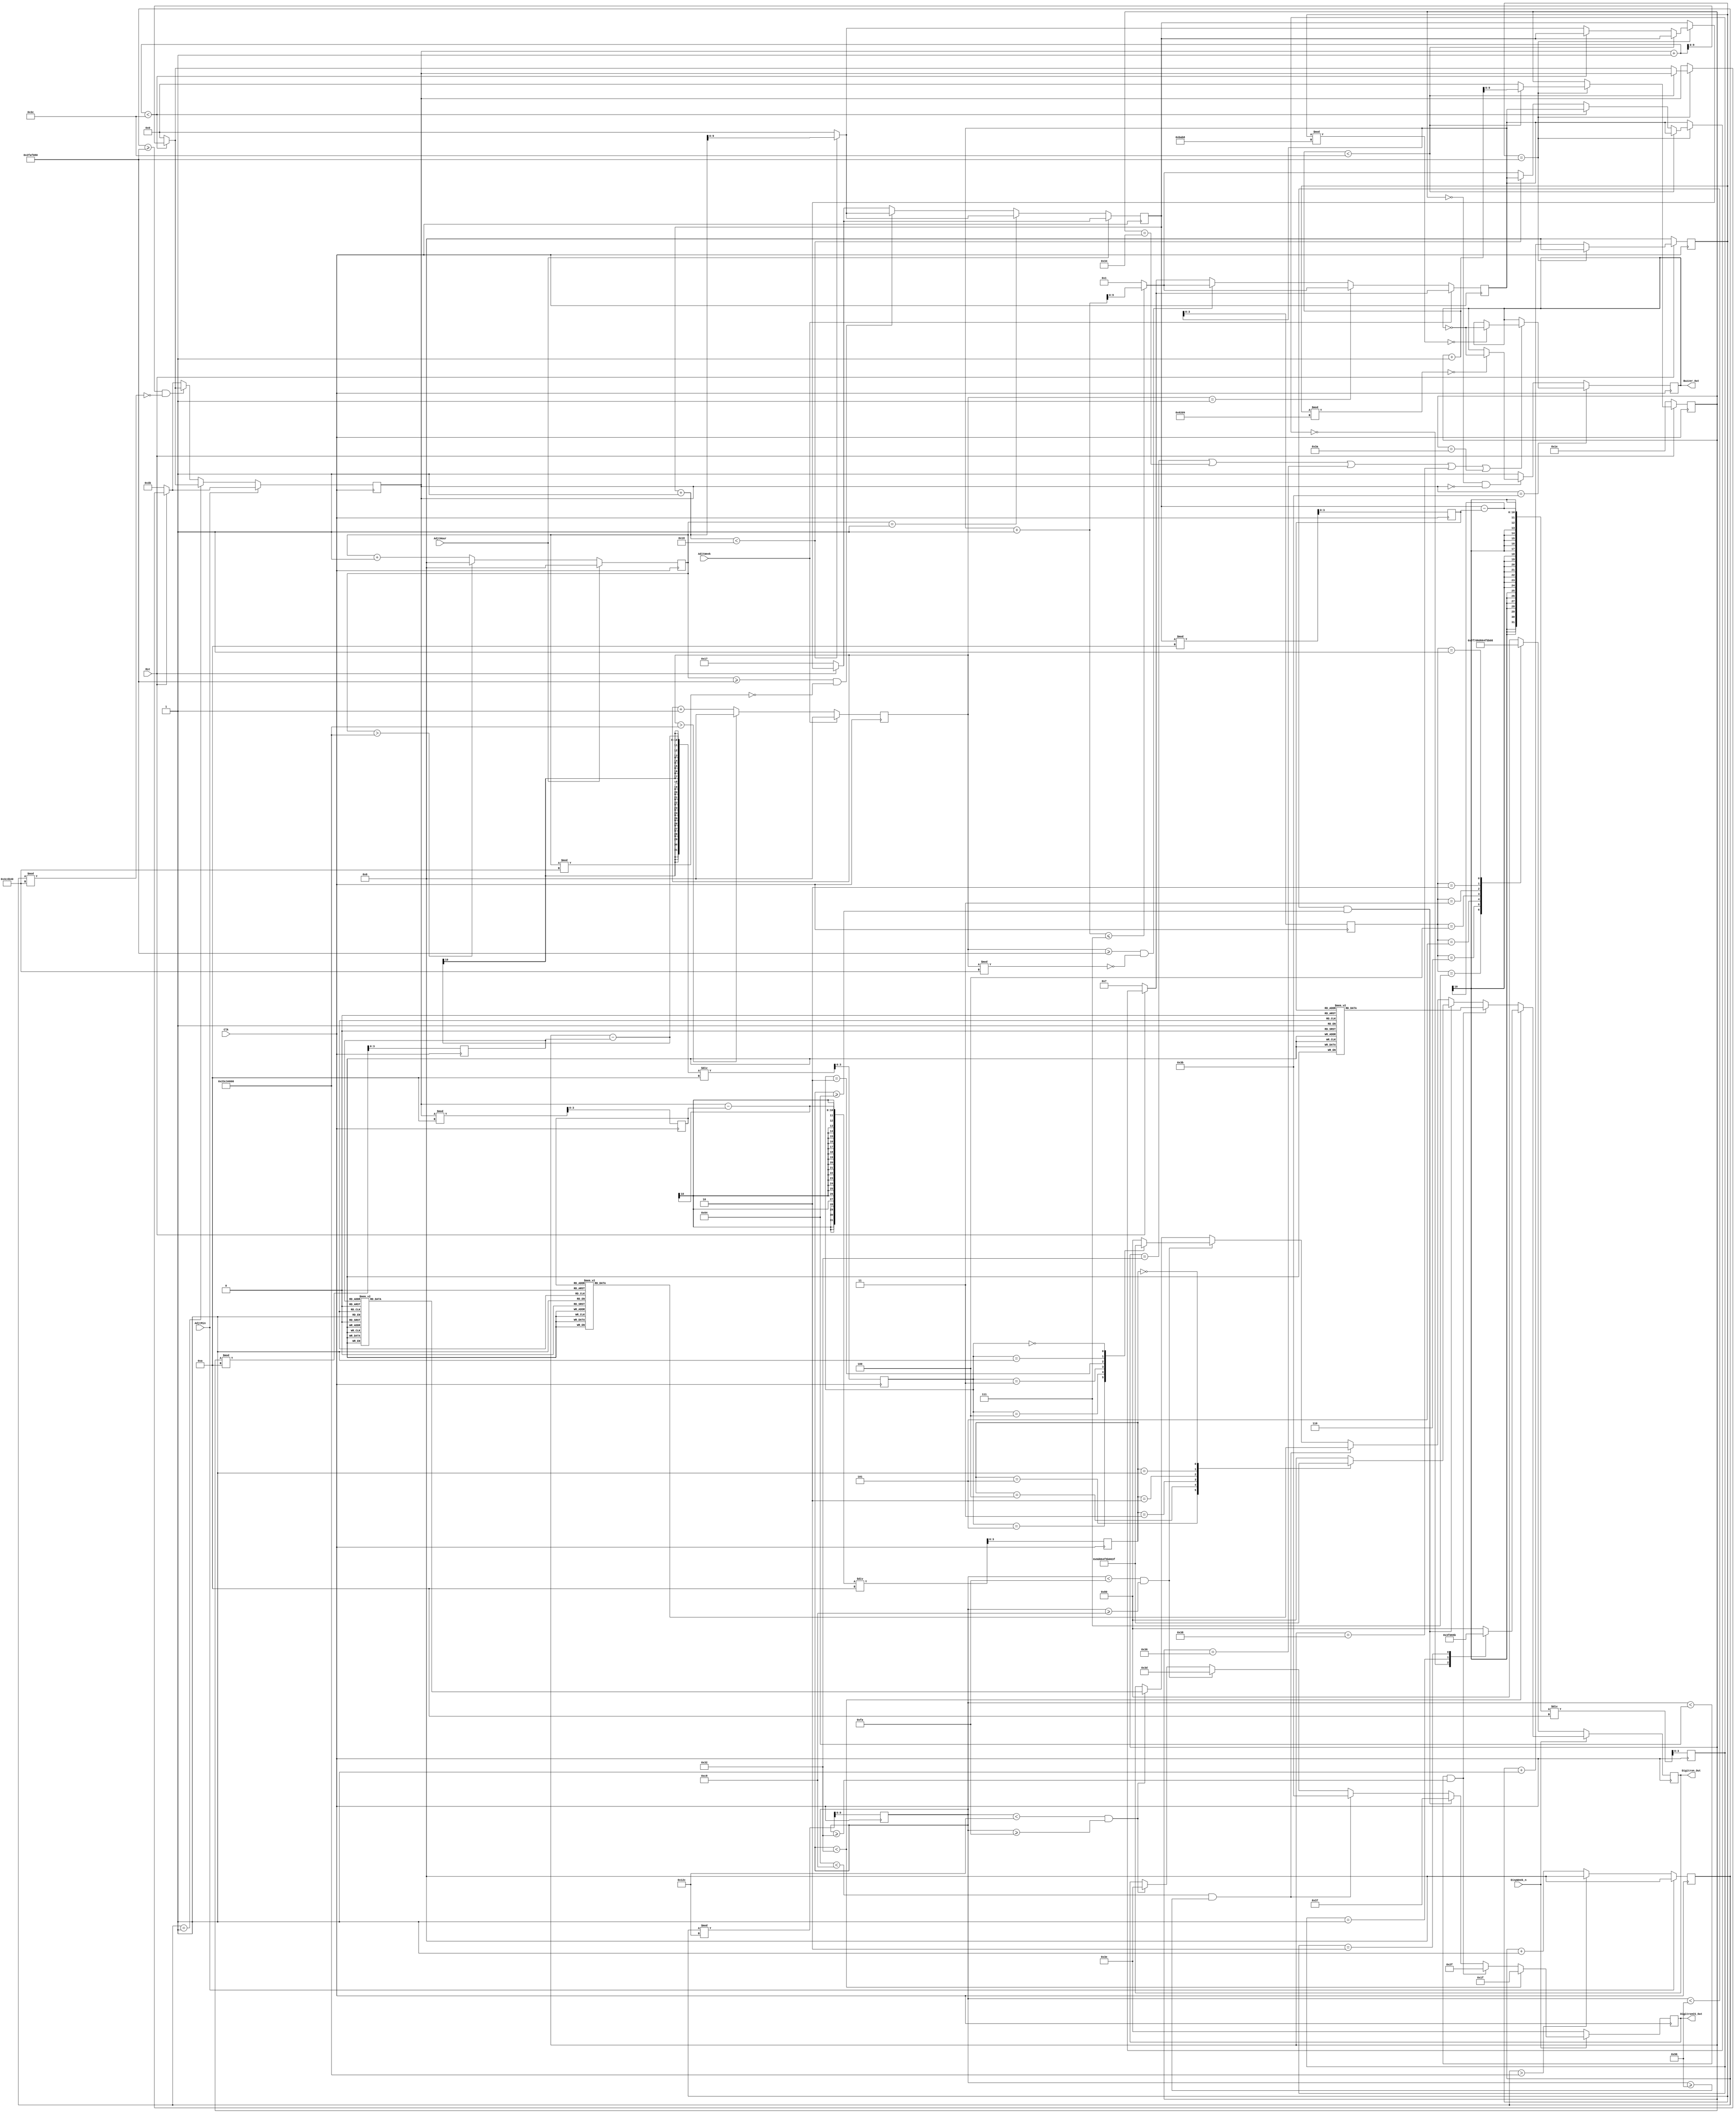
module Timekeeper_module(
	Clk,
	Rst,
	DispWeek_n,
	AdjtWeek,
	AdjtHour,
	AdjtMin,
	Buzzer_Out,
	Digitron_Out,
	DigitronCS_Out
	);

input Clk,Rst,DispWeek_n,AdjtWeek,AdjtHour,AdjtMin;
output Buzzer_Out;
output [7:0] Digitron_Out;
output [5:0] DigitronCS_Out;
//*********************************************************
//Display
parameter Num0=8'b0011_1111;//Display number with 7 led
parameter Num1=8'b0000_0110;
parameter Num2=8'b0101_1011;
parameter Num3=8'b0100_1111;
parameter Num4=8'b0110_0110;
parameter Num5=8'b0110_1101;
parameter Num6=8'b0111_1101;
parameter Num7=8'b0000_0111;
parameter Num8=8'b0111_1111;
parameter Num9=8'b0110_1111;
parameter Null=8'b0;
parameter Num0p=8'b1011_1111;//Display number with point by 7 led
parameter Num1p=8'b1000_0110;
parameter Num2p=8'b1101_1011;
parameter Num3p=8'b1100_1111;
parameter Num4p=8'b1110_0110;
parameter Num5p=8'b1110_1101;
parameter Num6p=8'b1111_1101;
parameter Num7p=8'b1000_0111;
parameter Num8p=8'b1111_1111;
parameter Num9p=8'b1110_1111;
parameter Nullp=8'b1000_0000;
//********************************************************
//Status
parameter Led1=6'b01_1111;
parameter Led2=6'b10_1111;
parameter Led3=6'b11_0111;
parameter Led4=6'b11_1011;
parameter Led5=6'b11_1101;
parameter Led6=6'b11_1110;
//********************************************************
//User
reg [31:0] Counter=32'b0,TCW=32'b0,TCH=32'b0,TCM=32'b0;
reg Buzzer_tmp;
reg [7:0] Digitron_tmp;
reg [5:0] DigitronCS_tmp;
reg [9:0] Hour=10'b0,Min=10'b0,Sec=10'b0,Week=10'b1;
reg [9:0] Rest;
reg [3:0] HNumH,HNumL,MNumH,MNumL,SNumH,SNumL,WeekL;
parameter T1s=50000000;
parameter T0_5s=25000000;
parameter T0_1s=5000000;
//********************************************************
//********************************************************
//Main Code
always @(posedge Clk) begin
	Counter <= Counter+1'b1;
	if (!Rst) begin
		// reset
		Hour <= 23;
		Min <= 59;
		Sec <= 30;
		Week <= 7;
		Counter <= 32'b0;
	end
	else if (Counter==T1s) begin
		if (Sec+1<60) begin
			Sec <= Sec+1;
		end
		else begin
			if (Min+1<60) begin
				Min <= Min+1;
			end
			else begin
				if (Hour+1<24) begin
					Hour <= Hour+1;
				end
				else begin
					if (Week+1<=7) begin
						Week <= Week+1;
					end
					else begin
						Week <= 1;
						
					end
					Hour <= 0;
				end
				Min <= 0;
			end	
			Sec <= 0;
		end
		Counter <= 32'b0;
	end
//*********************************
//Add Week
	if (!AdjtWeek) begin
		TCW <= TCW+1'b1;
		if (TCW==1) begin
			if (Week+1<=7) begin
				Week <= Week+1;
			end
			else begin
				Week <= 1;
			end
		end
		else begin
			if (TCW>=T1s && TCW%T0_1s==0) begin
				if (Week+1<=7) begin
					Week <= Week+1;
				end
				else begin
					Week <= 1;
				end
			end
		end
		if (TCW>12*T1s) begin
				TCW <= 32'b0;
		end
	end
	else begin
		TCW <= 32'b0;
	end
//**********************************
//Add hour
	if (!AdjtHour) begin
		TCH <= TCH+1'b1;
		if (TCH==1) begin
			if (Hour+1<24) begin
				Hour <= Hour+1;
			end
			else begin
				Hour <= 0;
			end
		end
		else begin
			if (TCH>=T1s && TCH%T0_1s==0) begin
				if (Hour+1<24) begin
					Hour <= Hour+1;
				end
				else begin
					Hour <= 0;
				end
			end
		end
		if (TCH>12*T1s) begin
			TCH <= 32'b0;
		end
	end
	else begin
		TCH <= 32'b0;
	end
//**********************************
//Add minute
	if (!AdjtMin) begin
		TCM <= TCM+1'b1;
		if (TCM==1) begin
			if (Min+1<60) begin
				Min <= Min+1;
			end
			else begin
				Min <= 0;
			end
		end
		else begin
			if (TCM>=T1s && TCM%T0_1s==0) begin
				if (Min+1<60) begin
					Min <= Min+1;
				end
				else begin
					Min <= 0;
				end
			end
		end
		if (TCM>12*T1s) begin
			TCM <= 32'b0;
		end
	end
	else begin
		TCM <= 32'b0;
	end
end
//********************************************************
//********************************************************
always @(posedge Clk) begin
	HNumL <= Hour%10;
	HNumH <= (Hour-HNumL)/10;
	MNumL <= Min%10;
	MNumH <= (Min-MNumL)/10;
	SNumL <= Sec%10;
	SNumH <= (Sec-SNumL)/10;
	WeekL <= Week;
	Rest <= Counter%300;
	if (DispWeek_n) begin
		if (Rest<50) begin
			DigitronCS_tmp <= Led1;
			case(HNumH)
				4'b0000:begin
					Digitron_tmp <= Num0;
				end
				4'b0001:begin
					Digitron_tmp <= Num1;
				end
				4'b0010:begin
					Digitron_tmp <= Num2;
				end
				default:begin
					Digitron_tmp <= Nullp;
				end
			endcase
		end
		else if (Rest<100 && Rest>=50) begin
			DigitronCS_tmp <= Led2;
			case(HNumL)
				4'b0000:begin
					Digitron_tmp <= Num0p;
				end
				4'b0001:begin
					Digitron_tmp <= Num1p;
				end
				4'b0010:begin
					Digitron_tmp <= Num2p;
				end
				4'b0011:begin
					Digitron_tmp <= Num3p;
				end
				4'b0100:begin
					Digitron_tmp <= Num4p;
				end
				4'b0101:begin
					Digitron_tmp <= Num5p;
				end
				4'b0110:begin
					Digitron_tmp <= Num6p;
				end
				4'b0111:begin
					Digitron_tmp <= Num7p;
				end
				4'b1000:begin
					Digitron_tmp <= Num8p;
				end
				4'b1001:begin
					Digitron_tmp <= Num9p;
				end
				default:begin 
					Digitron_tmp <= Num8p;
				end
			endcase
		end
		else if (Rest<150 && Rest>=100) begin
			DigitronCS_tmp <= Led3;
			case(MNumH)
				4'b0101:begin
					Digitron_tmp <= Num5;
				end
				4'b0100:begin
					Digitron_tmp <= Num4;
				end
				4'b0011:begin
					Digitron_tmp <= Num3;
				end
				4'b0010:begin
					Digitron_tmp <= Num2;
				end
				4'b0001:begin
					Digitron_tmp <= Num1;
				end
				4'b0000:begin
					Digitron_tmp <= Num0;
				end
				default:begin 
					Digitron_tmp <= Nullp;
				end
			endcase
		end
		else if (Rest<200 && Rest>=150) begin
			DigitronCS_tmp <= Led4;
			case(MNumL)
				4'b1001:begin
					Digitron_tmp <= Num9p;
				end
				4'b1000:begin
					Digitron_tmp <= Num8p;
				end
				4'b0111:begin
					Digitron_tmp <= Num7p;
				end
				4'b0110:begin
					Digitron_tmp <= Num6p;
				end
				4'b0101:begin
					Digitron_tmp <= Num5p;
				end
				4'b0100:begin
					Digitron_tmp <= Num4p;
				end
				4'b0011:begin
					Digitron_tmp <= Num3p;
				end
				4'b0010:begin
					Digitron_tmp <= Num2p;
				end
				4'b0001:begin
					Digitron_tmp <= Num1p;
				end
				4'b0000:begin
					Digitron_tmp <= Num0p;
				end
				default:begin 
					Digitron_tmp <= Nullp;
				end
			endcase
		end
		else if (Rest<250 && Rest>=200) begin
			DigitronCS_tmp <= Led5;
			case(SNumH)
				4'b0101:begin
					Digitron_tmp <= Num5;
				end
				4'b0100:begin
					Digitron_tmp <= Num4;
				end
				4'b0011:begin
					Digitron_tmp <= Num3;
				end
				4'b0010:begin
					Digitron_tmp <= Num2;
				end
				4'b0001:begin
					Digitron_tmp <= Num1;
				end
				4'b0000:begin
					Digitron_tmp <= Num0;
				end
				default:begin 
					Digitron_tmp <= Nullp;
				end
			endcase
		end
		else if (Rest<300 && Rest>=250) begin
			DigitronCS_tmp <= Led6;
			case(SNumL)
				4'b1001:begin
					Digitron_tmp <= Num9;
				end
				4'b1000:begin
					Digitron_tmp <= Num8;
				end
				4'b0111:begin
					Digitron_tmp <= Num7;
				end
				4'b0110:begin
					Digitron_tmp <= Num6;
				end
				4'b0101:begin
					Digitron_tmp <= Num5;
				end
				4'b0100:begin
					Digitron_tmp <= Num4;
				end
				4'b0011:begin
					Digitron_tmp <= Num3;
				end
				4'b0010:begin
					Digitron_tmp <= Num2;
				end
				4'b0001:begin
					Digitron_tmp <= Num1;
				end
				4'b0000:begin
					Digitron_tmp <= Num0;
				end
				default:begin 
					Digitron_tmp <= Nullp;
				end
			endcase
		end
	end
	else begin//Display week number
		DigitronCS_tmp <= Led6;
		case(WeekL)
			4'b0111:begin
				Digitron_tmp <= Num8;
			end
			4'b0110:begin
				Digitron_tmp <= Num6;
			end
			4'b0101:begin
				Digitron_tmp <= Num5;
			end
			4'b0100:begin
				Digitron_tmp <= Num4;
			end
			4'b0011:begin
				Digitron_tmp <= Num3;
			end
			4'b0010:begin
				Digitron_tmp <= Num2;
			end
			4'b0001:begin
				Digitron_tmp <= Num1;
			end
			default:begin 
				Digitron_tmp <= Nullp;
			end
		endcase
	end
end
//********************************************************
//********************************************************
//Warning

always @(posedge Clk) begin
	if(Min==59)begin
		if (Sec==50 || Sec==52 || Sec==54 || Sec==56 || Sec==58)begin
			if(Counter%47800==0)begin
				Buzzer_tmp <= ~Buzzer_tmp;
			end
		end
	end
	else 
	if (Sec==0 && Min==0) begin
	    if (Counter%25300==0) begin
	    	Buzzer_tmp <= ~Buzzer_tmp;
	    end
	end
	else begin
		Buzzer_tmp <= 1'b1;
	end
end

assign Buzzer_Out = Buzzer_tmp;
assign Digitron_Out = Digitron_tmp;
assign DigitronCS_Out = DigitronCS_tmp;

endmodule